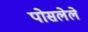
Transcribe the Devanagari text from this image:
पोसलेले